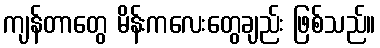
ကျန်တာတွေ မိန်းကလေးတွေချည်း ဖြစ်သည်။